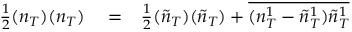
\begin{array} { r l r } { \frac { 1 } { 2 } ( n _ { T } ) ( n _ { T } ) } & { { } = } & { \frac { 1 } { 2 } ( \tilde { n } _ { T } ) ( \tilde { n } _ { T } ) + \overline { { ( n _ { T } ^ { 1 } - \tilde { n } _ { T } ^ { 1 } ) \tilde { n } _ { T } ^ { 1 } } } } \end{array}